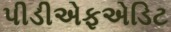
પીડીએફએડિટ